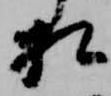
相